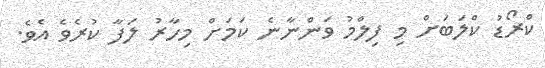
ކްރޯޑު ކްލަބަށް މި ފިލްމު ވަންނާނެ ކަމަށް މިހާރު ލަފާ ކުރެވެ އެވެ.